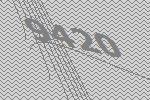
9420